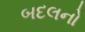
બદલનો